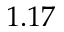
1 . 1 7